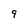
Character: 9